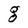
Character: g